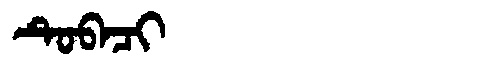
Manchu: ᡨᡠᠪᠠᠴᡳ
Romanization: TUBACI